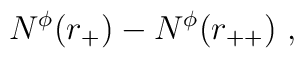
N^{\phi}(r_{+}) - N^{\phi}(r_{++}) \ ,